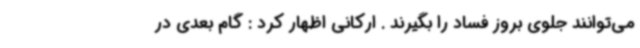
می‌توانند جلوی بروز فساد را بگیرند . ارکانی اظهار کرد : گام بعدی در